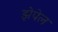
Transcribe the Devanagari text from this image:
झेपेल